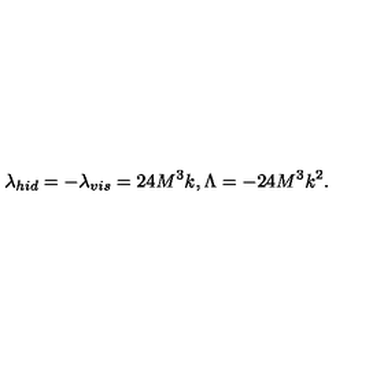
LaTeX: \lambda _ { h i d } = - \lambda _ { v i s } = 2 4 M ^ { 3 } k , \Lambda = - 2 4 M ^ { 3 } k ^ { 2 } .